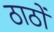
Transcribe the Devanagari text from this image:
ठाठों